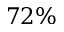
7 2 \%